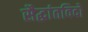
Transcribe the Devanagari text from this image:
सैद्धांतविदों